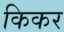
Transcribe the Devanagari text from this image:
किकर